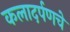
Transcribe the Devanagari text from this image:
कलादर्पणचे